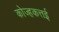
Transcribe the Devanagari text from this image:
कोज्हकत्तई